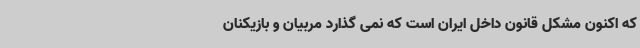
که اکنون مشکل قانون داخل ایران است که نمی گذارد مربیان و بازیکنان